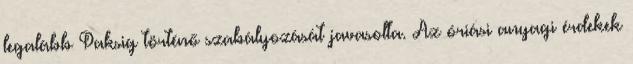
legalább Paksig történő szabályozását javasolta. Az óriási anyagi érdekek